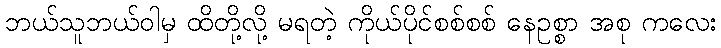
ဘယ်သူဘယ်ဝါမှ ထိတို့လို့ မရတဲ့ ကိုယ်ပိုင်စစ်စစ် နေဥစ္စာ အစု ကလေး